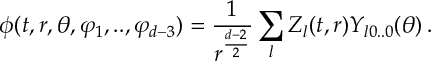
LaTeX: \phi ( t , r , \theta , \varphi _ { 1 } , . . , \varphi _ { d - 3 } ) = \frac { 1 } { r ^ { \frac { d - 2 } { 2 } } } \sum _ { l } Z _ { l } ( t , r ) Y _ { l 0 . . 0 } ( \theta ) \, .